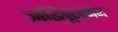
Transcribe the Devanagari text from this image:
ऋद्धिपूरवर्णन